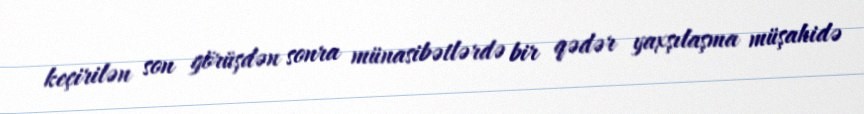
keçirilən son görüşdən sonra münasibətlərdə bir qədər yaxşılaşma müşahidə